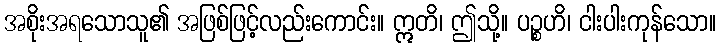
အစိုးအရသောသူ၏ အဖြစ်ဖြင့်လည်းကောင်း။ ဣတိ၊ ဤသို့။ ပဉ္စဟိ၊ ငါးပါးကုန်သော။